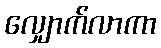
လျှောက်လာကာ